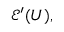
{ \mathcal { E } } ^ { \prime } ( U ) ,